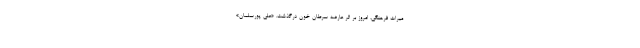
میراث فرهنگی، امروز بر اثر عارضه سرطان خون درگذشت. «علی پورسلمان»